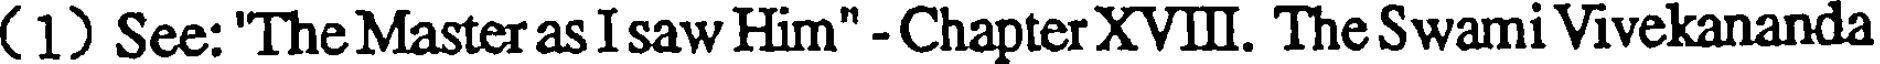
( 1) See: 'The Master as I saw Him" - Chapter XVII. The Swami Vivekananda